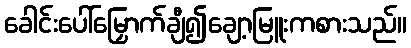
ခေါင်းပေါ်မြှောက်ချီ၍ချော့မြူးကစားသည်။